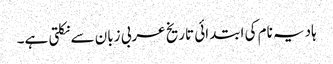
ہادیہ نام کی ابتدائی تاریخ عربی زبان سے نکلتی ہے۔